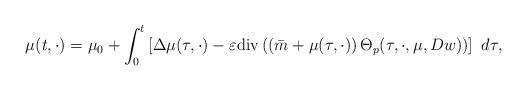
LaTeX: \begin{align*}\mu(t,\cdot)=\mu_{0}+\int_{0}^{t}\left[\Delta\mu(\tau,\cdot)-\varepsilon\mathrm{div}\left(\left(\bar{m}+\mu(\tau,\cdot)\right)\Theta_{p}(\tau,\cdot,\mu,Dw)\right)\right]\ d\tau,\end{align*}